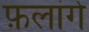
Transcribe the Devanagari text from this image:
फ़लांगे